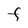
Character: F